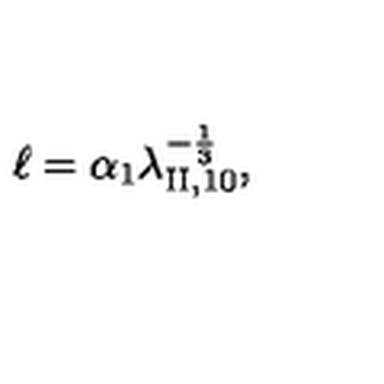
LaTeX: \ell = \alpha _ { 1 } \lambda _ { \mathrm { I I } , 1 0 } ^ { - \frac 1 3 } ,